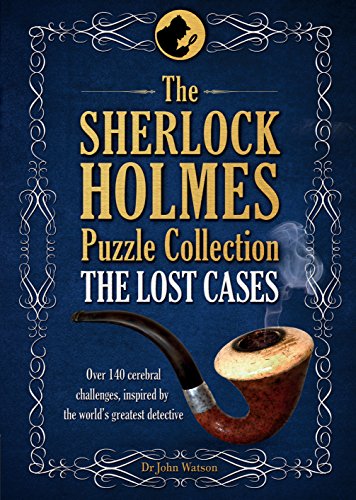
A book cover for The Sherlock Holmes Puzzle Collection: The Lost Cases; Tim Dedopulos; Humor & Entertainment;